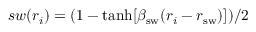
s w ( r _ { i } ) = ( 1 - \operatorname { t a n h } [ \beta _ { \mathrm { s w } } ( r _ { i } - r _ { \mathrm { s w } } ) ] ) / 2